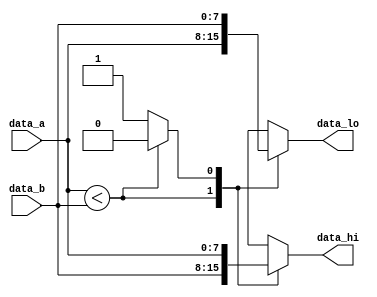
/* --------------------------------------------------------------------------------
 This file is part of FPGA Median Filter.

    FPGA Median Filter is free software: you can redistribute it and/or modify
    it under the terms of the GNU General Public License as published by
    the Free Software Foundation, either version 3 of the License, or
    (at your option) any later version.

    FPGA Median Filter is distributed in the hope that it will be useful,
    but WITHOUT ANY WARRANTY; without even the implied warranty of
    MERCHANTABILITY or FITNESS FOR A PARTICULAR PURPOSE.  See the
    GNU General Public License for more details.

    You should have received a copy of the GNU General Public License
    along with FPGA Median Filter.  If not, see <http://www.gnu.org/licenses/>.
-------------------------------------------------------------------------------- */
/* +----------------------------------------------------------------------------
   Universidade Federal da Bahia
  ------------------------------------------------------------------------------
   PROJECT: FPGA Median Filter
  ------------------------------------------------------------------------------
   FILE NAME            : node.v
   AUTHOR               : Joo Carlos Bittencourt
   AUTHOR'S E-MAIL      : joaocarlos@ieee.org
   -----------------------------------------------------------------------------
   RELEASE HISTORY
   VERSION  DATE        AUTHOR        DESCRIPTION
   1.0      2013-08-13  joao.nunes    initial version
   -----------------------------------------------------------------------------
   KEYWORDS: comparator, low, hight, median
   -----------------------------------------------------------------------------
   PURPOSE: Compare two input values and return the low and high values.
   ----------------------------------------------------------------------------- */
module node
#(
    parameter DATA_WIDTH = 8,
    parameter LOW_MUX = 1, // disable low output
    parameter HI_MUX = 1 // disable hight output
)(
    input [DATA_WIDTH-1:0] data_a,
    input [DATA_WIDTH-1:0] data_b,

    output reg [DATA_WIDTH-1:0] data_hi,
    output reg [DATA_WIDTH-1:0] data_lo
);


    reg sel0;

    always @(*)
    begin : comparator
        if(data_a < data_b) begin
            sel0 = 1'b0; // data_a : lo / data_b : hi
        end else begin
            sel0 = 1'b1; // data_b : lo / data_a : hi
        end
    end


    always @(*)
    begin : mux_lo_hi
        case (sel0)
            1'b0 :
            begin
                if(LOW_MUX == 1)
                    data_lo = data_a;
                if(HI_MUX == 1)
                    data_hi = data_b;
            end
            1'b1 :
            begin
                if(LOW_MUX == 1)
                    data_lo = data_b;
                if(HI_MUX == 1)
                    data_hi = data_a;
            end
            default :
            begin
                data_lo = {DATA_WIDTH{1'b0}};
                data_hi = {DATA_WIDTH{1'b0}};
            end
        endcase
    end

endmodule